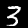
Digit: 3